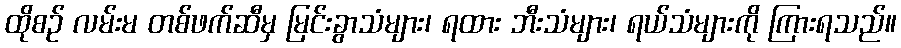
ထိုစဉ် လမ်းမ တစ်ဖက်ဆီမှ မြင်းခွာသံများ၊ ရထား ဘီးသံများ၊ ရယ်သံများကို ကြားရသည်။